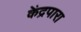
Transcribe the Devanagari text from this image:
केंद्रपारा